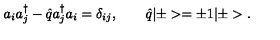
a _ { i } a _ { j } ^ { \dagger } - \hat { q } a _ { j } ^ { \dagger } a _ { i } = \delta _ { i j } , \qquad \hat { q } | \pm > = \pm 1 | \pm > .